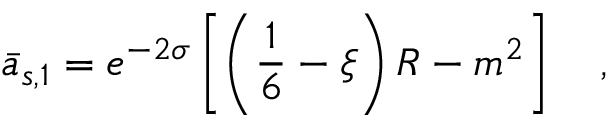
\bar { a } _ { s , 1 } = e ^ { - 2 \sigma } \left[ \left( \frac 1 6 - \xi \right) R - m ^ { 2 } \right] ~ ~ ~ ,